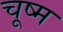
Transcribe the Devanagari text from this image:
चूष्म